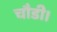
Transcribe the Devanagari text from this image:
चौडी।